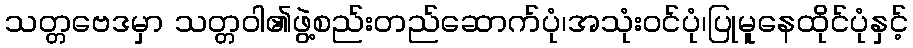
သတ္တဗေဒမှာ သတ္တဝါ၏ဖွဲ့စည်းတည်ဆောက်ပုံ၊အသုံးဝင်ပုံ၊ပြုမူနေထိုင်ပုံနှင့်